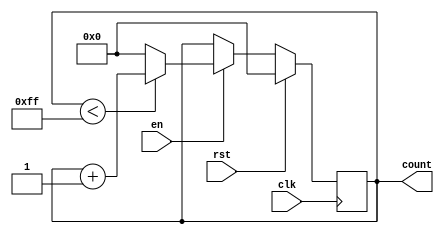
module MemoryBlocksIncrementalCounter (
    input wire clk,        // Clock signal
    input wire rst,        // Synchronous reset signal
    input wire en,         // Enable signal
    output reg [7:0] count // 8-bit counter output (adjust width as needed)
);

    // Parameter for maximum count value
    parameter MAX_COUNT = 255; // Maximum value for an 8-bit counter

    // Synchronous reset and counting logic
    always @(posedge clk) begin
        if (rst) begin
            count <= 8'b0; // Reset count to 0
        end else if (en) begin
            if (count < MAX_COUNT) begin
                count <= count + 1; // Increment count
            end else begin
                count <= 8'b0; // Wrap around on overflow
            end
        end
    end

endmodule